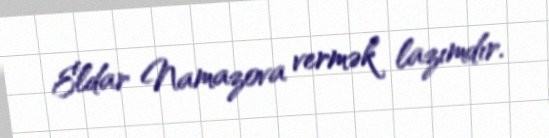
Eldar Namazova vermək lazımdır.